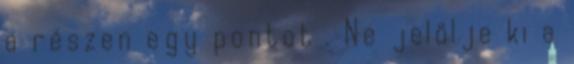
a részen egy pontot . Ne jelölje ki a